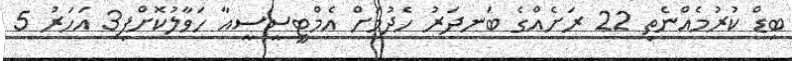
ބިޑް ކުރުމެއްނެތި 22 ރަށެއްގެ ބަނދަރު ހެދުމަށް އެމްޓީސީސީއާ ހަވާލުކޮށްފި3 އަހަރު 5